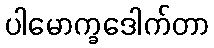
ပါမောက္ခဒေါက်တာ